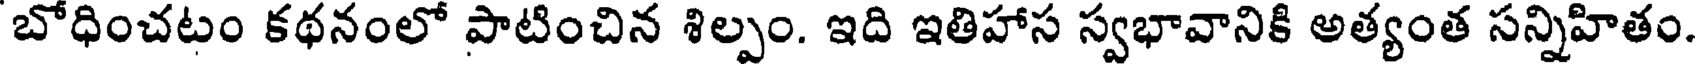
బోధించటం కథనంలో పాటించిన శిల్పం. ఇది ఇతిహాస స్వభావానికి అత్యంత సన్నిహితం.